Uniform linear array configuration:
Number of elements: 64
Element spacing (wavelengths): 0.25
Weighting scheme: uniform
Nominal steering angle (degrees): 0
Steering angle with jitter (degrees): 1.718
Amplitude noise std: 0.05
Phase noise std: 0.05

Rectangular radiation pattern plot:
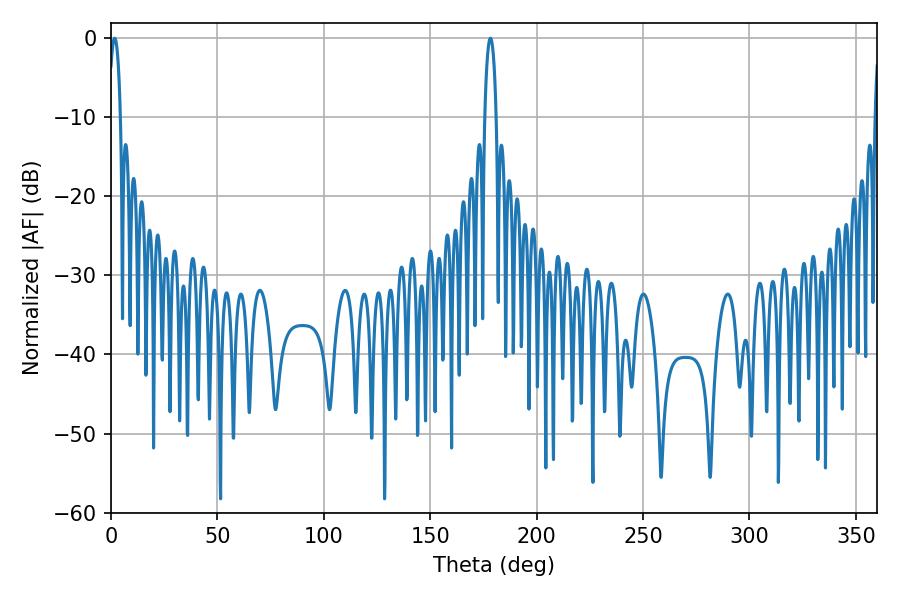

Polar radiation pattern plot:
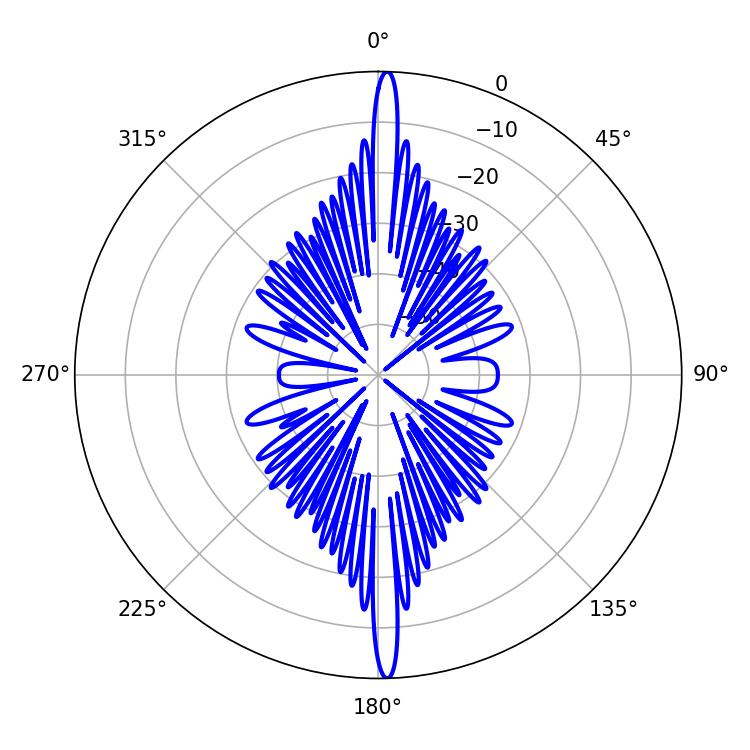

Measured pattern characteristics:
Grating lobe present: FALSE
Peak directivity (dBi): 27.27
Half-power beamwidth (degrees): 3.06
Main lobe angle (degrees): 178.2